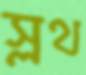
স্লথ